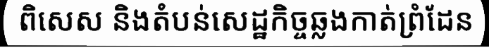
ពិសេស និងតំបន់សេដ្ឋកិច្ចឆ្លងកាត់ព្រំដែន